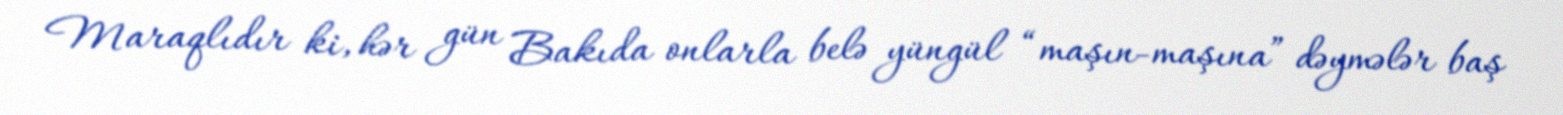
Maraqlıdır ki, hər gün Bakıda onlarla belə yüngül “maşın-maşına” dəymələr baş